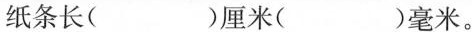
纸条长( )厘米( )毫米。